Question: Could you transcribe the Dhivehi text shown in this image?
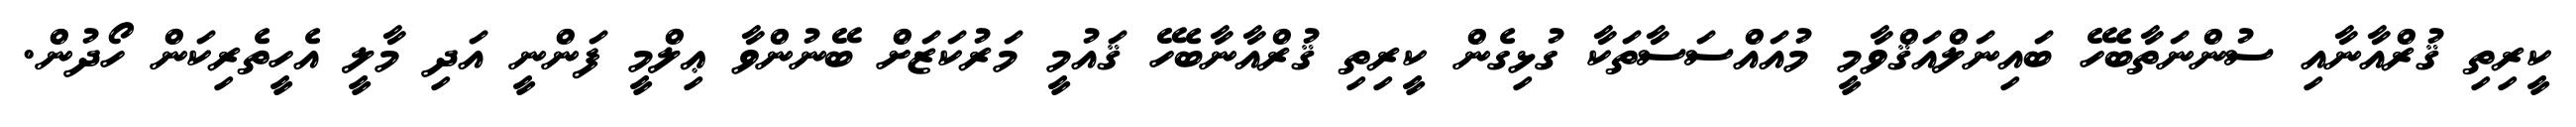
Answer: ކީރިތި ޤުރްއާނާއި ސުންނަތާބެހޭ ބައިނަލްއަޤްވާމީ މުއައްސަސާތަކާ ގުޅިގެން ކީރިތި ޤުރްއާނާބެހޭ ޤައުމީ މަރުކަޒަށް ބޭނުންވާ ޢިލްމީ ފަންނީ އަދި މާލީ އެހީތެރިކަން ހޯދުން.